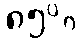
၈၅%